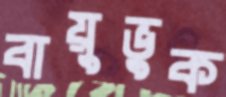
বায়ুভুক